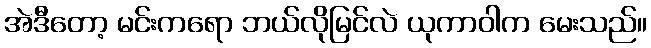
အဲဒီတော့ မင်းကရော ဘယ်လိုမြင်လဲ ယုကာဝါက မေးသည်။